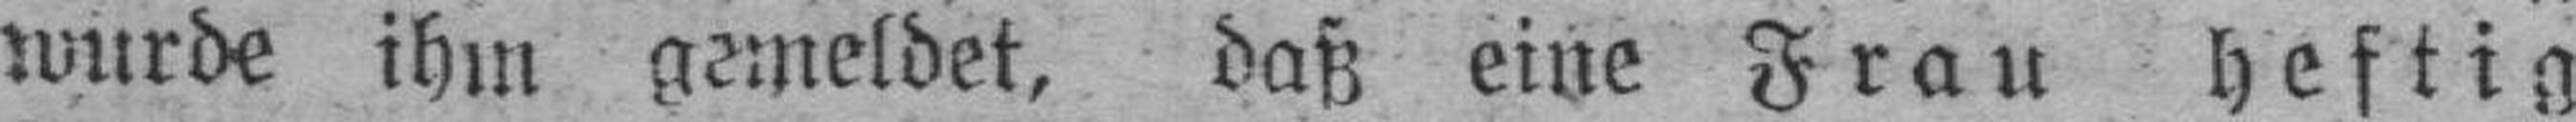
wurde ihm gemeldet, daß eine Frau heftig